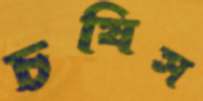
চষিস